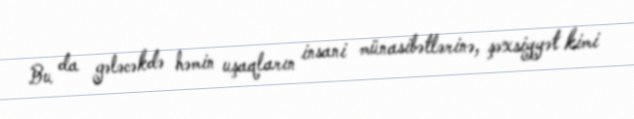
Bu da gələcəkdə həmin uşaqların insani münasibətlərinə, şəxsiyyət kimi